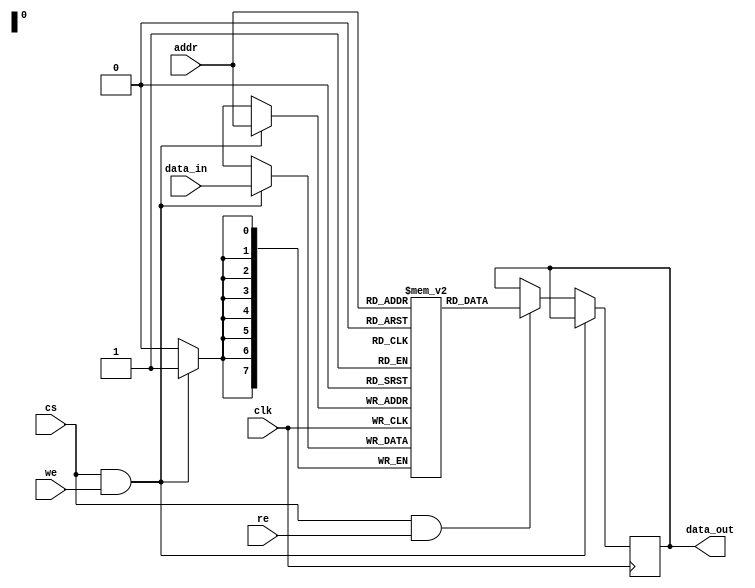
module mem
#(
	parameter DATA_WIDTH=8,
	parameter ADDR_WIDTH=8
)
(
input clk,
input cs,
input we,
input re,
input [DATA_WIDTH-1:0]data_in,
input [ADDR_WIDTH-1:0]addr,
output reg [DATA_WIDTH-1:0]data_out);

reg [7:0]mem [0:2**(ADDR_WIDTH-1)];
//wire [7:0]mem_connect [0:2^^(ADDR_WIDTH-1)];
//assign mem_connect=mem;
always @(posedge clk) begin	
	if(cs&we) begin
		mem[addr] <= data_in;
		end
	else if(cs&re) begin
		//data_out <= mem_connect[addr];
		data_out <= mem[addr];
		end
	end
endmodule